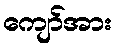
ကျော်အား